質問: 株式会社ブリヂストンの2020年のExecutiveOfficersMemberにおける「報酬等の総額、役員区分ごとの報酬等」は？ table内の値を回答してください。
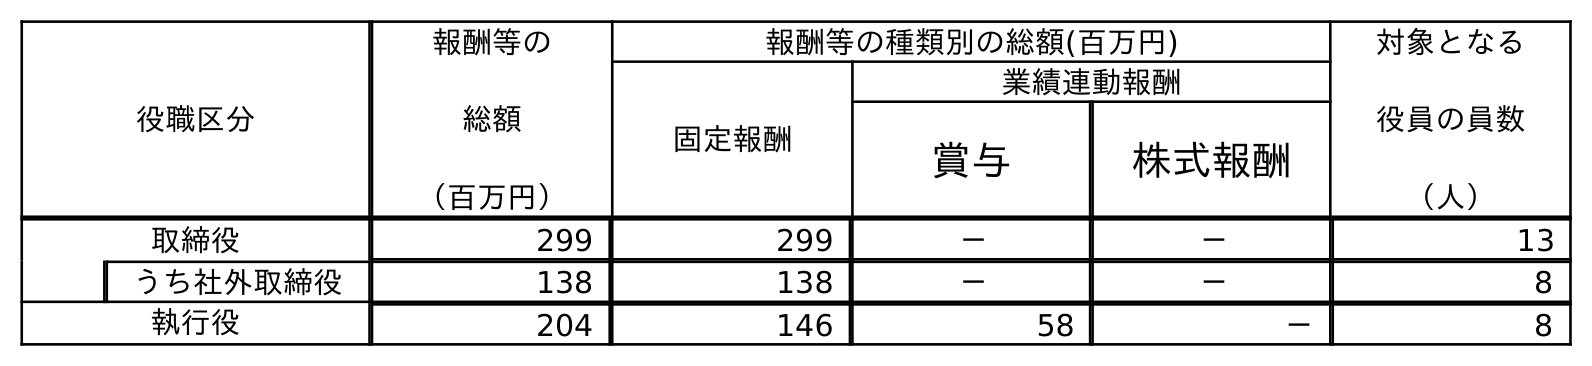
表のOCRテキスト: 役職区分 報酬等の 総額 （百万円） 報酬等の種類別の総額(百万円) 対象となる 役員の員数 （人） 固定報酬 業績連動報酬 賞与 株式報酬 取締役 299 299 － － 13 うち社外取締役 138 138 － － 8 執行役 204 146 58 － 8
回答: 204